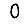
Digit: 0